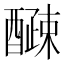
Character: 𫑽